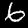
Label: 6